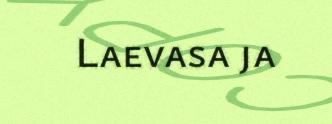
Laevasa ja